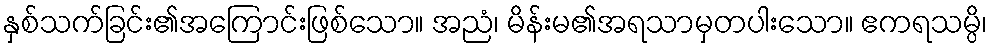
နှစ်သက်ခြင်း၏အကြောင်းဖြစ်သော။ အညံ၊ မိန်းမ၏အရသာမှတပါးသော။ ဧကရသမ္ပိ၊